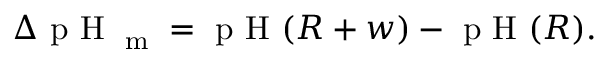
\begin{array} { r } { \Delta \textrm { p H } _ { \textrm { m } } = \textrm { p H } ( R + w ) - \textrm { p H } ( R ) . } \end{array}